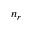
n _ { r }